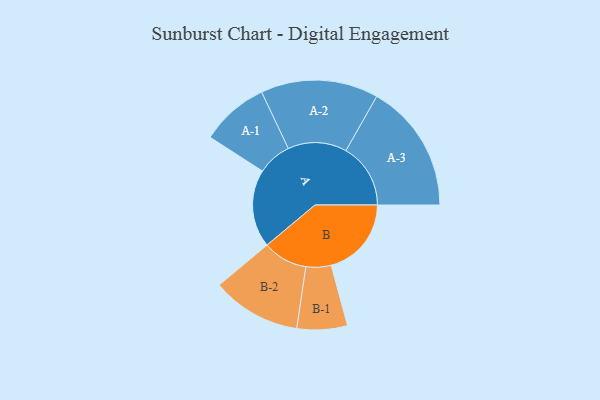
{"axis": {"x": "Segment", "y": "Value"}, "legend": ["", "A", "B"], "data": [{"x": "A", "y": 331, "type": ""}, {"x": "B", "y": 341, "type": ""}, {"x": "A-1", "y": 145, "type": "A"}, {"x": "A-2", "y": 250, "type": "A"}, {"x": "A-3", "y": 275, "type": "A"}, {"x": "B-1", "y": 107, "type": "B"}, {"x": "B-2", "y": 190, "type": "B"}]}